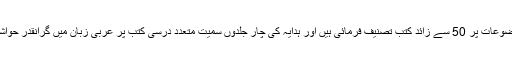
شروح وحواشی اور تصنیفی خدمات:آپ کی تحریری و تصنیفی خدمات کا دائرہ بھی کافی وسیع ہے، مختلف موضوعات پر 50 سے زائد کتب تصنیف فرمائی ہیں اور ہدایہ کی چار جلدوں سمیت متعدد درسی کتب پر عربی زبان میں گرانقدر حواشی تحریر فرمائے ہیں اگر صرف ان حواشی کا جائزہ لیا جائے تو 5000 سے زائد صفحات پر مشتمل ہوں گے۔